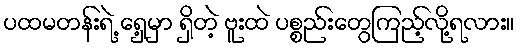
ပထမတန်းရဲ့ ရှေ့မှာ ရှိတဲ့ ဗူးထဲ ပစ္စည်းတွေကြည့်လို့ရလား။